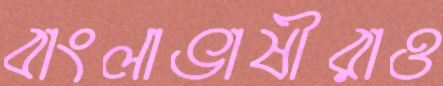
বাংলাভাষীরাও